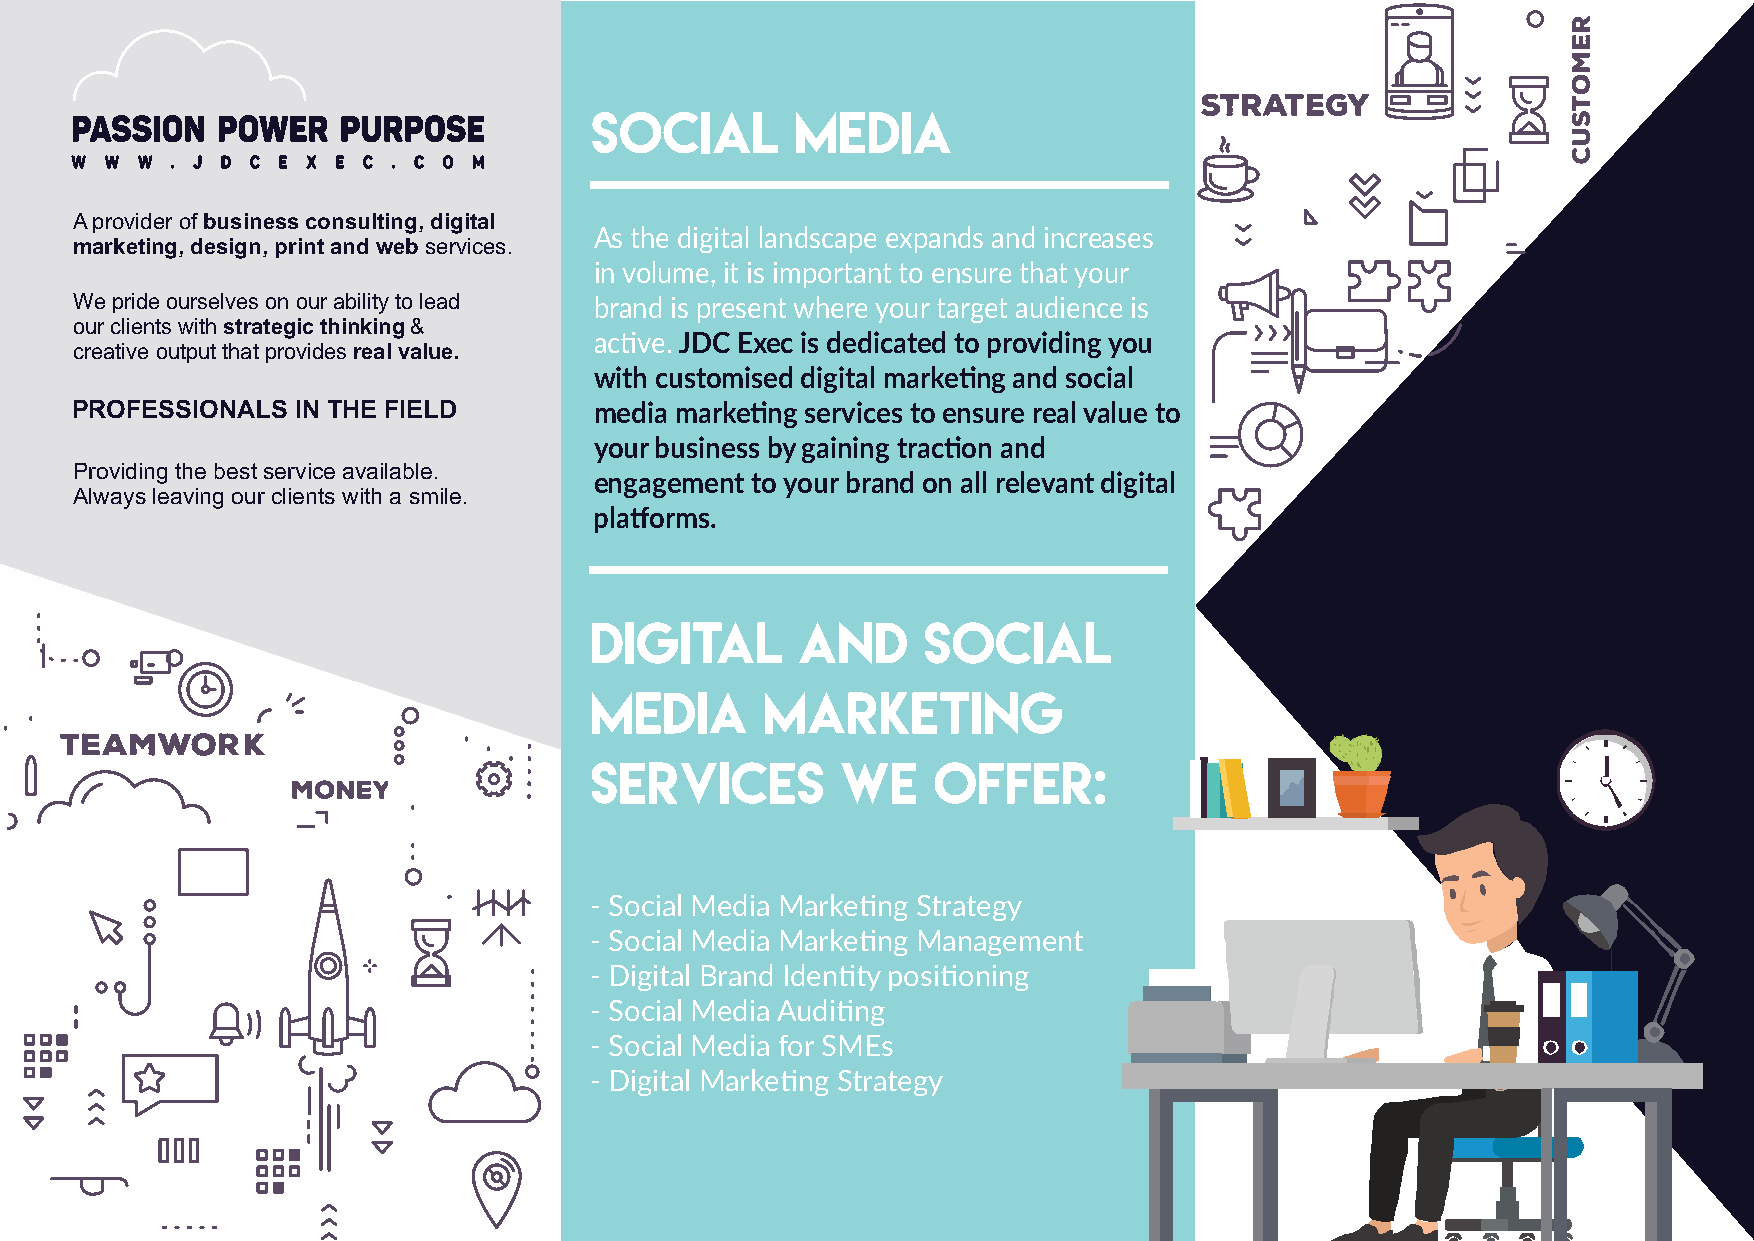
social        MEDIA
 AA pprroovviiddeerr ooff bbuussiinneessss ccoonnssuullttiinngg,, ddiiggiittaall
 mmaarrkkeettiinngg,, ddeessiiggnn,, pprriinntt aanndd wweebb sseerrvviicceess.. As the digital landscape expands and increases
 in volume, it is important to ensure that your
 WWee pprriiddee oouurrsseellvveess oonn oouurr aabbiilliittyy ttoo lleeaadd
 brand is present where your target audience is
 oouurr cclliieennttss wwiitthh ssttrraatteeggiicc tthhiinnkkiinngg &&
 ccrreeaattiivvee oouuttppuutt tthhaatt pprroovviiddeess rreeaall vvaalluuee.. acve. JDC Exec is dedicated to providing you
 with customised digital markeng and social
 PPRROOFFEESSSSIIOONNAALLSS IINN TTHHEE FFIIEELLDD
 media markeng services to ensure real value to
 your business by gaining tracon and
 PPrroovviiddiinngg tthhee bbeesstt sseerrvviiccee aavvaaiillaabbllee..
 engagement to your brand on all relevant digital
 AAllwwaayyss lleeaavviinngg oouurr cclliieennttss wwiitthh aa ssmmiillee..
 plaorms.
 DIGITAL       AND     SOCIAL
 MEDIA       MARKETING
 SERVICES         WE    OFFER:
 ‑ Social Media Markeng Strategy
 ‑ Social Media Markeng Management
 ‑ Digital Brand Identy posioning
 ‑ Social Media Auding
 ‑ Social Media for SMEs
 ‑ Digital Markeng Strategy